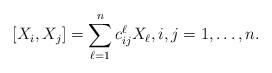
LaTeX: \begin{align*}[X_i,X_j] = \sum_{\ell=1}^n c_{ij}^\ell X_\ell, i,j = 1,\ldots,n.\end{align*}